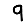
Digit: 9